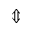
\Updownarrow